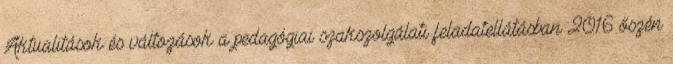
Aktualitások és változások a pedagógiai szakszolgálati feladatellátásban 2016 őszén